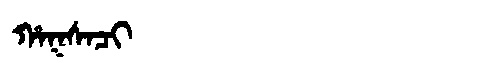
Manchu: ᡥᠠᡴᠰᠠᠴᡳ
Romanization: HAKSACI